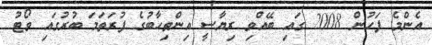
އެންމެ ފަހުން 2008 ގައި ބޭއްވި ރިޔާސީ އިންތިހާބުގެ ފުރަތަމަ ބުރުގައި ވޯޓު